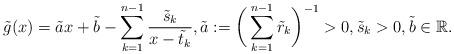
LaTeX: \begin{align*}\tilde{g}(x)=\tilde{a}x+\tilde{b}-\sum_{k=1}^{n-1}\frac{\tilde{s}_k}{x-\tilde{t}_k}, \tilde{a}:=\bigg(\sum_{k=1}^{n-1}\tilde{r}_k\bigg)^{-1}>0,\tilde{s}_k>0, \tilde{b}\in\mathbb R.\end{align*}